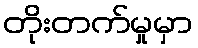
တိုးတက်မှုမှာ